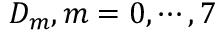
D _ { m } , m = 0 , \cdots , 7